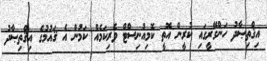
އިޤްތިޞާދު ހަންގޭރީގައި ކުރީން އޮތީ ކޮމިއުނިސްޓް ވެރިކަމެއް ކަމުން އެ ޤައުމުގެ އިޤްތިޞާދު